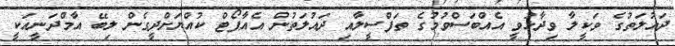
ދައުލަތުގެ ވަކީލާ ވިދާޅުވީ އެއްބަސްވުމުގެ ތަފްސީލާއި ދައުލަތުން އެއާޕޯޓް ކުއްޔަށްދީގެން ލިބޭ އާމްދަނީއަކީ